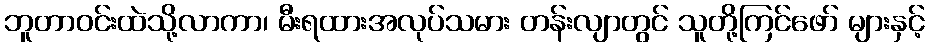
ဘူတာဝင်းထဲသို့လာကာ၊ မီးရထားအလုပ်သမား တန်းလျာတွင် သူတို့ကြင်ဖော် များနှင့်